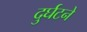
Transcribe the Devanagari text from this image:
दुर्घटने